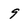
Character: 9